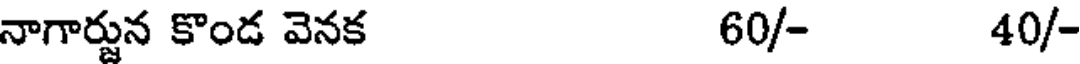
నాగార్జున కొండ వెనక 60/- 40/-